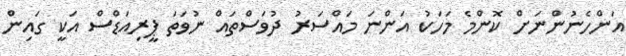
އަންހެނުންނަށް ކޮންމެ މަހަކު އަންނަ މައްސަރު ދުވަސްތައް ނުވަތަ ޕީރިއަޑްސް އަކީ ގައިން